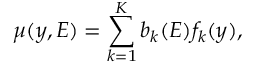
\mu ( \boldsymbol { y } , E ) = \sum _ { k = 1 } ^ { K } b _ { k } ( E ) f _ { k } ( \boldsymbol { y } ) ,